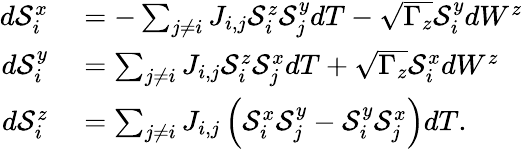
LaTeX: \begin{array}{rl}{d\mathcal{S}_{i}^{x}}&{{}=-\sum_{j\neq i}J_{i,j}\mathcal{S}_{i}^{z}\mathcal{S}_{j}^{y}dT-\sqrt{\Gamma_{z}}\mathcal{S}_{i}^{y}dW^{z}}\\ {d\mathcal{S}_{i}^{y}}&{{}=\sum_{j\neq i}J_{i,j}\mathcal{S}_{i}^{z}\mathcal{S}_{j}^{x}dT+\sqrt{\Gamma_{z}}\mathcal{S}_{i}^{x}dW^{z}}\\ {d\mathcal{S}_{i}^{z}}&{{}=\sum_{j\neq i}J_{i,j}\left(\mathcal{S}_{i}^{x}\mathcal{S}_{j}^{y}-\mathcal{S}_{i}^{y}\mathcal{S}_{j}^{x}\right)dT.}\end{array}